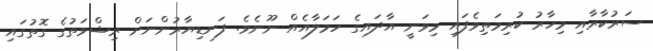
ސަރުކާރާއި މިހާރު ކުރިމަތިވެފައި މިވަނީ އާދައިގެ ހަމަލާއެއް ނޫނެވެ. ފަނޑިޔާރުންނަށް ރިޝްވަތުގެ ގޮތުގައި